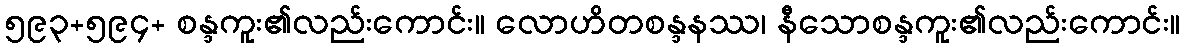
၅၉၃+၅၉၄+ စန္ဒကူး၏လည်းကောင်း။ လောဟိတစန္ဒနဿ၊ နီသောစန္ဒကူး၏လည်းကောင်း။